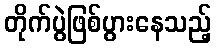
တိုက်ပွဲဖြစ်ပွားနေသည့်